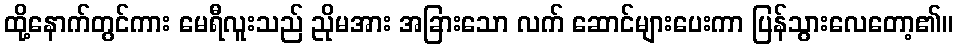
ထို့နောက်တွင်ကား မေရီလူးသည် ညိုမအား အခြားသော လက် ဆောင်များပေးကာ ပြန်သွားလေတော့၏။